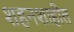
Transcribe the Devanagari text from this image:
शहनशाहीत